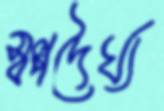
স্বল্পদৈর্ঘ্য